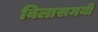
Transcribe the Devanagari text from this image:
विलासमयी